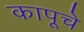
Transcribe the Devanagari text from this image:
कापूचे